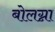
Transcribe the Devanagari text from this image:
बोलग्ना